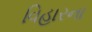
વિહારના